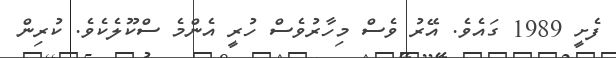
ފެށީ 1989 ގައެވެ. އޭރު ވެސް މިހާރުވެސް ހުރީ އެންމެ ސްކޫލެކެވެ. ކުރިން